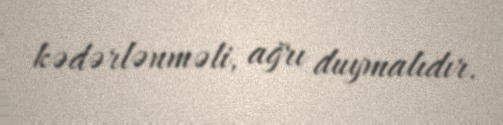
kədərlənməli, ağrı duymalıdır.